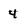
Character: 4